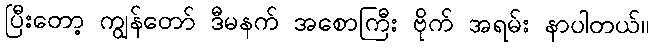
ပြီးတော့ ကျွန်တော် ဒီမနက် အစောကြီး ဗိုက် အရမ်း နာပါတယ်။